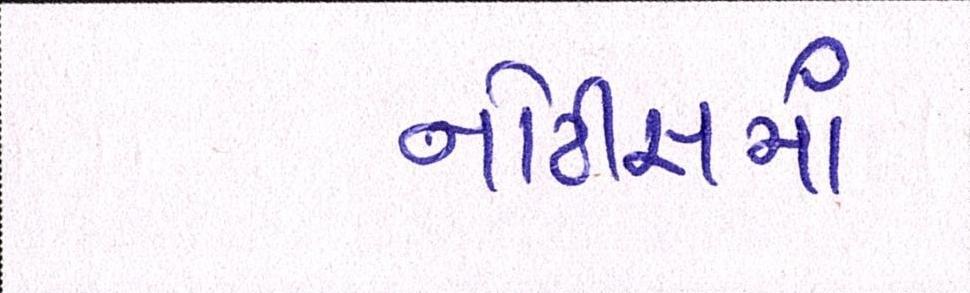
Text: નોટીસમાં